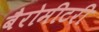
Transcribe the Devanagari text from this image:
बैरोमीटरी